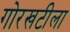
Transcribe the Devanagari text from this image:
गोरखटीला